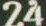
24